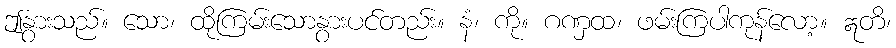
ဤနွားသည်။ သော၊ ထိုကြမ်းသောနွားပင်တည်း။ နံ၊ ကို။ ဂဏှထ၊ ဖမ်းကြပါကုန်လော့။ ဣတိ၊